Report of the Bombay Veterinary College
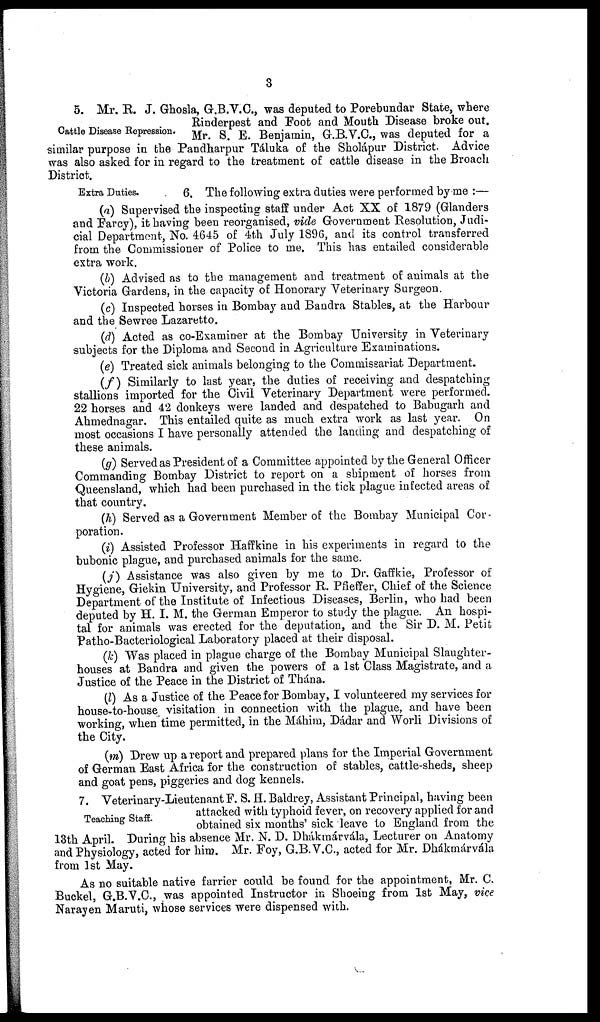
3
Cattle Disease Repression.
5. Mr. R. J. Ghosla, G.B.V.C., was deputed to Porebundar State, where
Rinderpest and Foot and Mouth Disease broke out.
Mr. S. E. Benjamin, G.B.V.C., was deputed for a
similar purpose in the Pandharpur Táluka of the Sholápur District. Advice
was also asked for in regard to the treatment of cattle disease in the Broach
District.
Extra Duties.
6. The following extra duties were performed by me :—
(a) Supervised the inspecting staff under Act XX of 1879 (Glanders
and Farcy), it having been reorganised, vide Government Resolution, Judi-
cial Department, No. 4645 of 4th July 1896, and its control transferred
from the Commissioner of Police to me. This has entailed considerable
extra work.
(b) Advised as to the management and treatment of animals at the
Victoria Gardens, in the capacity of Honorary Veterinary Surgeon.
(c) Inspected horses in Bombay and Bandra Stables, at the Harbour
and the Sewree Lazaretto.
(d) Acted as co-Examiner at the Bombay University in Veterinary
subjects for the Diploma and Second in Agriculture Examinations.
(e) Treated sick animals belonging to the Commissariat Department.
(f) Similarly to last year, the duties of receiving and despatching
stallions imported for the Civil Veterinary Department were performed.
22 horses and 42 donkeys were landed and despatched to Babugarh and
Ahmednagar. This entailed quite as much extra work as last year. On
most occasions I have personally attended the landing and despatching of
these animals.
(g) Served as President of a Committee appointed by the General Officer
Commanding Bombay District to report on a shipment of horses from
Queensland, which had been purchased in the tick plague infected areas of
that country.
(h) Served as a Government Member of the Bombay Municipal Cor-
poration.
(i) Assisted Professor Haffkine in his experiments in regard to the
bubonic plague, and purchased animals for the same.
(j) Assistance was also given by me to Dr. Gaffkie, Professor of
Hygiene, Giekin University, and Professor R. Pfieffer, Chief of the Science
Department of the Institute of Infectious Diseases, Berlin, who had been
deputed by H. I. M. the German Emperor to study the plague. An hospi-
tal for animals was erected for the deputation, and the Sir D. M. Petit
Patho-Bacteriological Laboratory placed at their disposal.
(k) Was placed in plague charge of the Bombay Municipal Slaughter-
houses at Bandra and given the powers of a 1st Class Magistrate, and a
Justice of the Peace in the District of Thána.
(l) As a Justice of the Peace for Bombay, I volunteered my services for
house-to-house visitation in connection with the plague, and have been
working, when time permitted, in the Máhim, Dádar and Worli Divisions of
the City.
(m) Drew up a report and prepared plans for the Imperial Government
of German East Africa for the construction of stables, cattle-sheds, sheep
and goat pens, piggeries and dog kennels.
Teaching Staff.
7. Veterinary-Lieutenant F. S. H. Baldrey, Assistant Principal, having been
attacked with typhoid fever, on recovery applied for and
obtained six months' sick leave to England from the
13th April. During his absence Mr. N. D. Dhákmárvála, Lecturer on Anatomy
and Physiology, acted for him. Mr. Foy, G.B.V.C., acted for Mr. Dhákmárvála
from 1st May.
As no suitable native farrier could be found for the appointment, Mr. C.
Buckel, G.B.V.C., was appointed Instructor in Shoeing from 1st May, vice
Narayen Maruti, whose services were dispensed with.